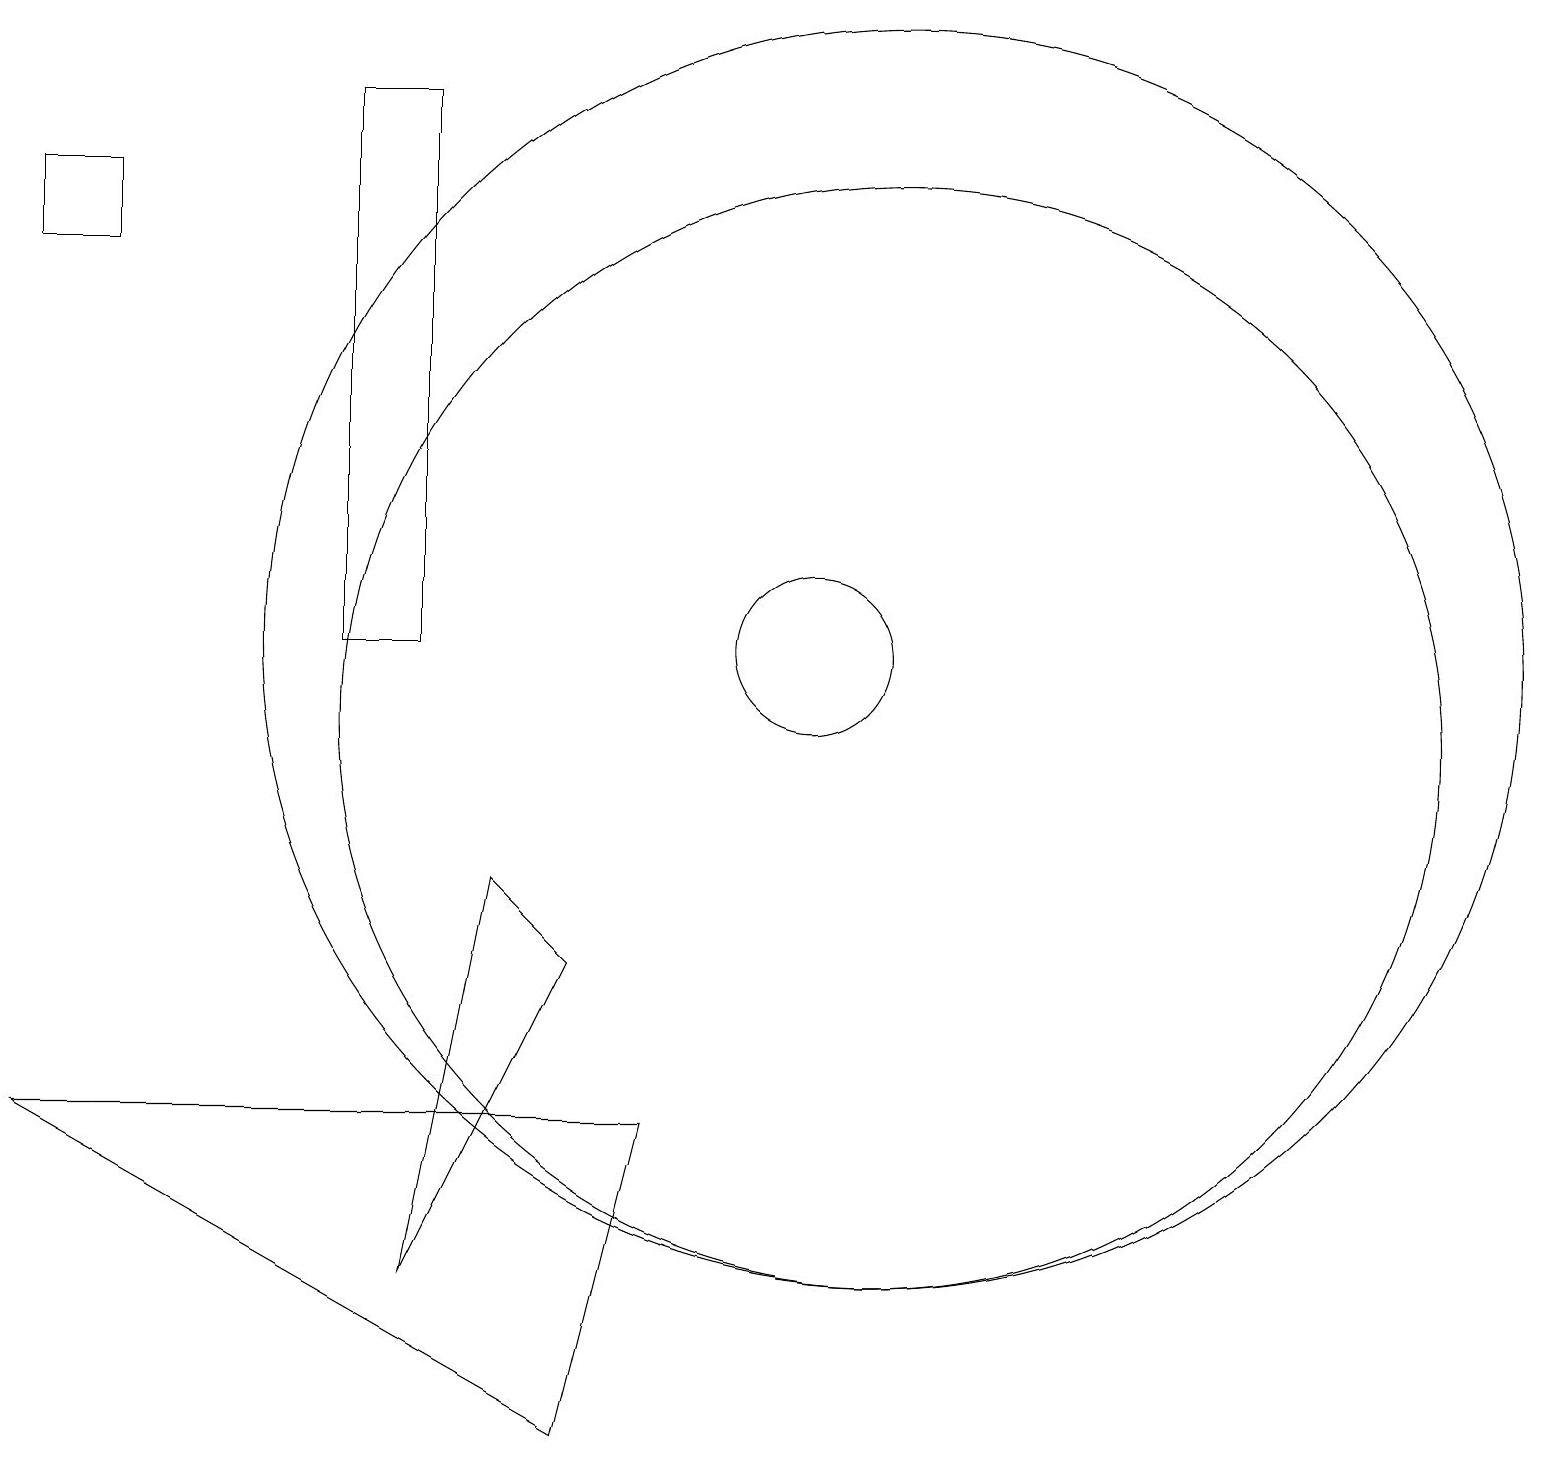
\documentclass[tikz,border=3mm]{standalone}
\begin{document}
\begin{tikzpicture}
\draw (8,5) -- (7,1) -- (0,5) -- cycle;
\draw (10,11) circle (1);
\draw (11,11) circle (8);
\draw (1,17) rectangle (0,16);
\draw (5,3) -- (6,8) -- (7,7) -- cycle;
\draw (5,11) rectangle (4,18);
\draw (11,10) circle (7);
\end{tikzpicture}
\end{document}